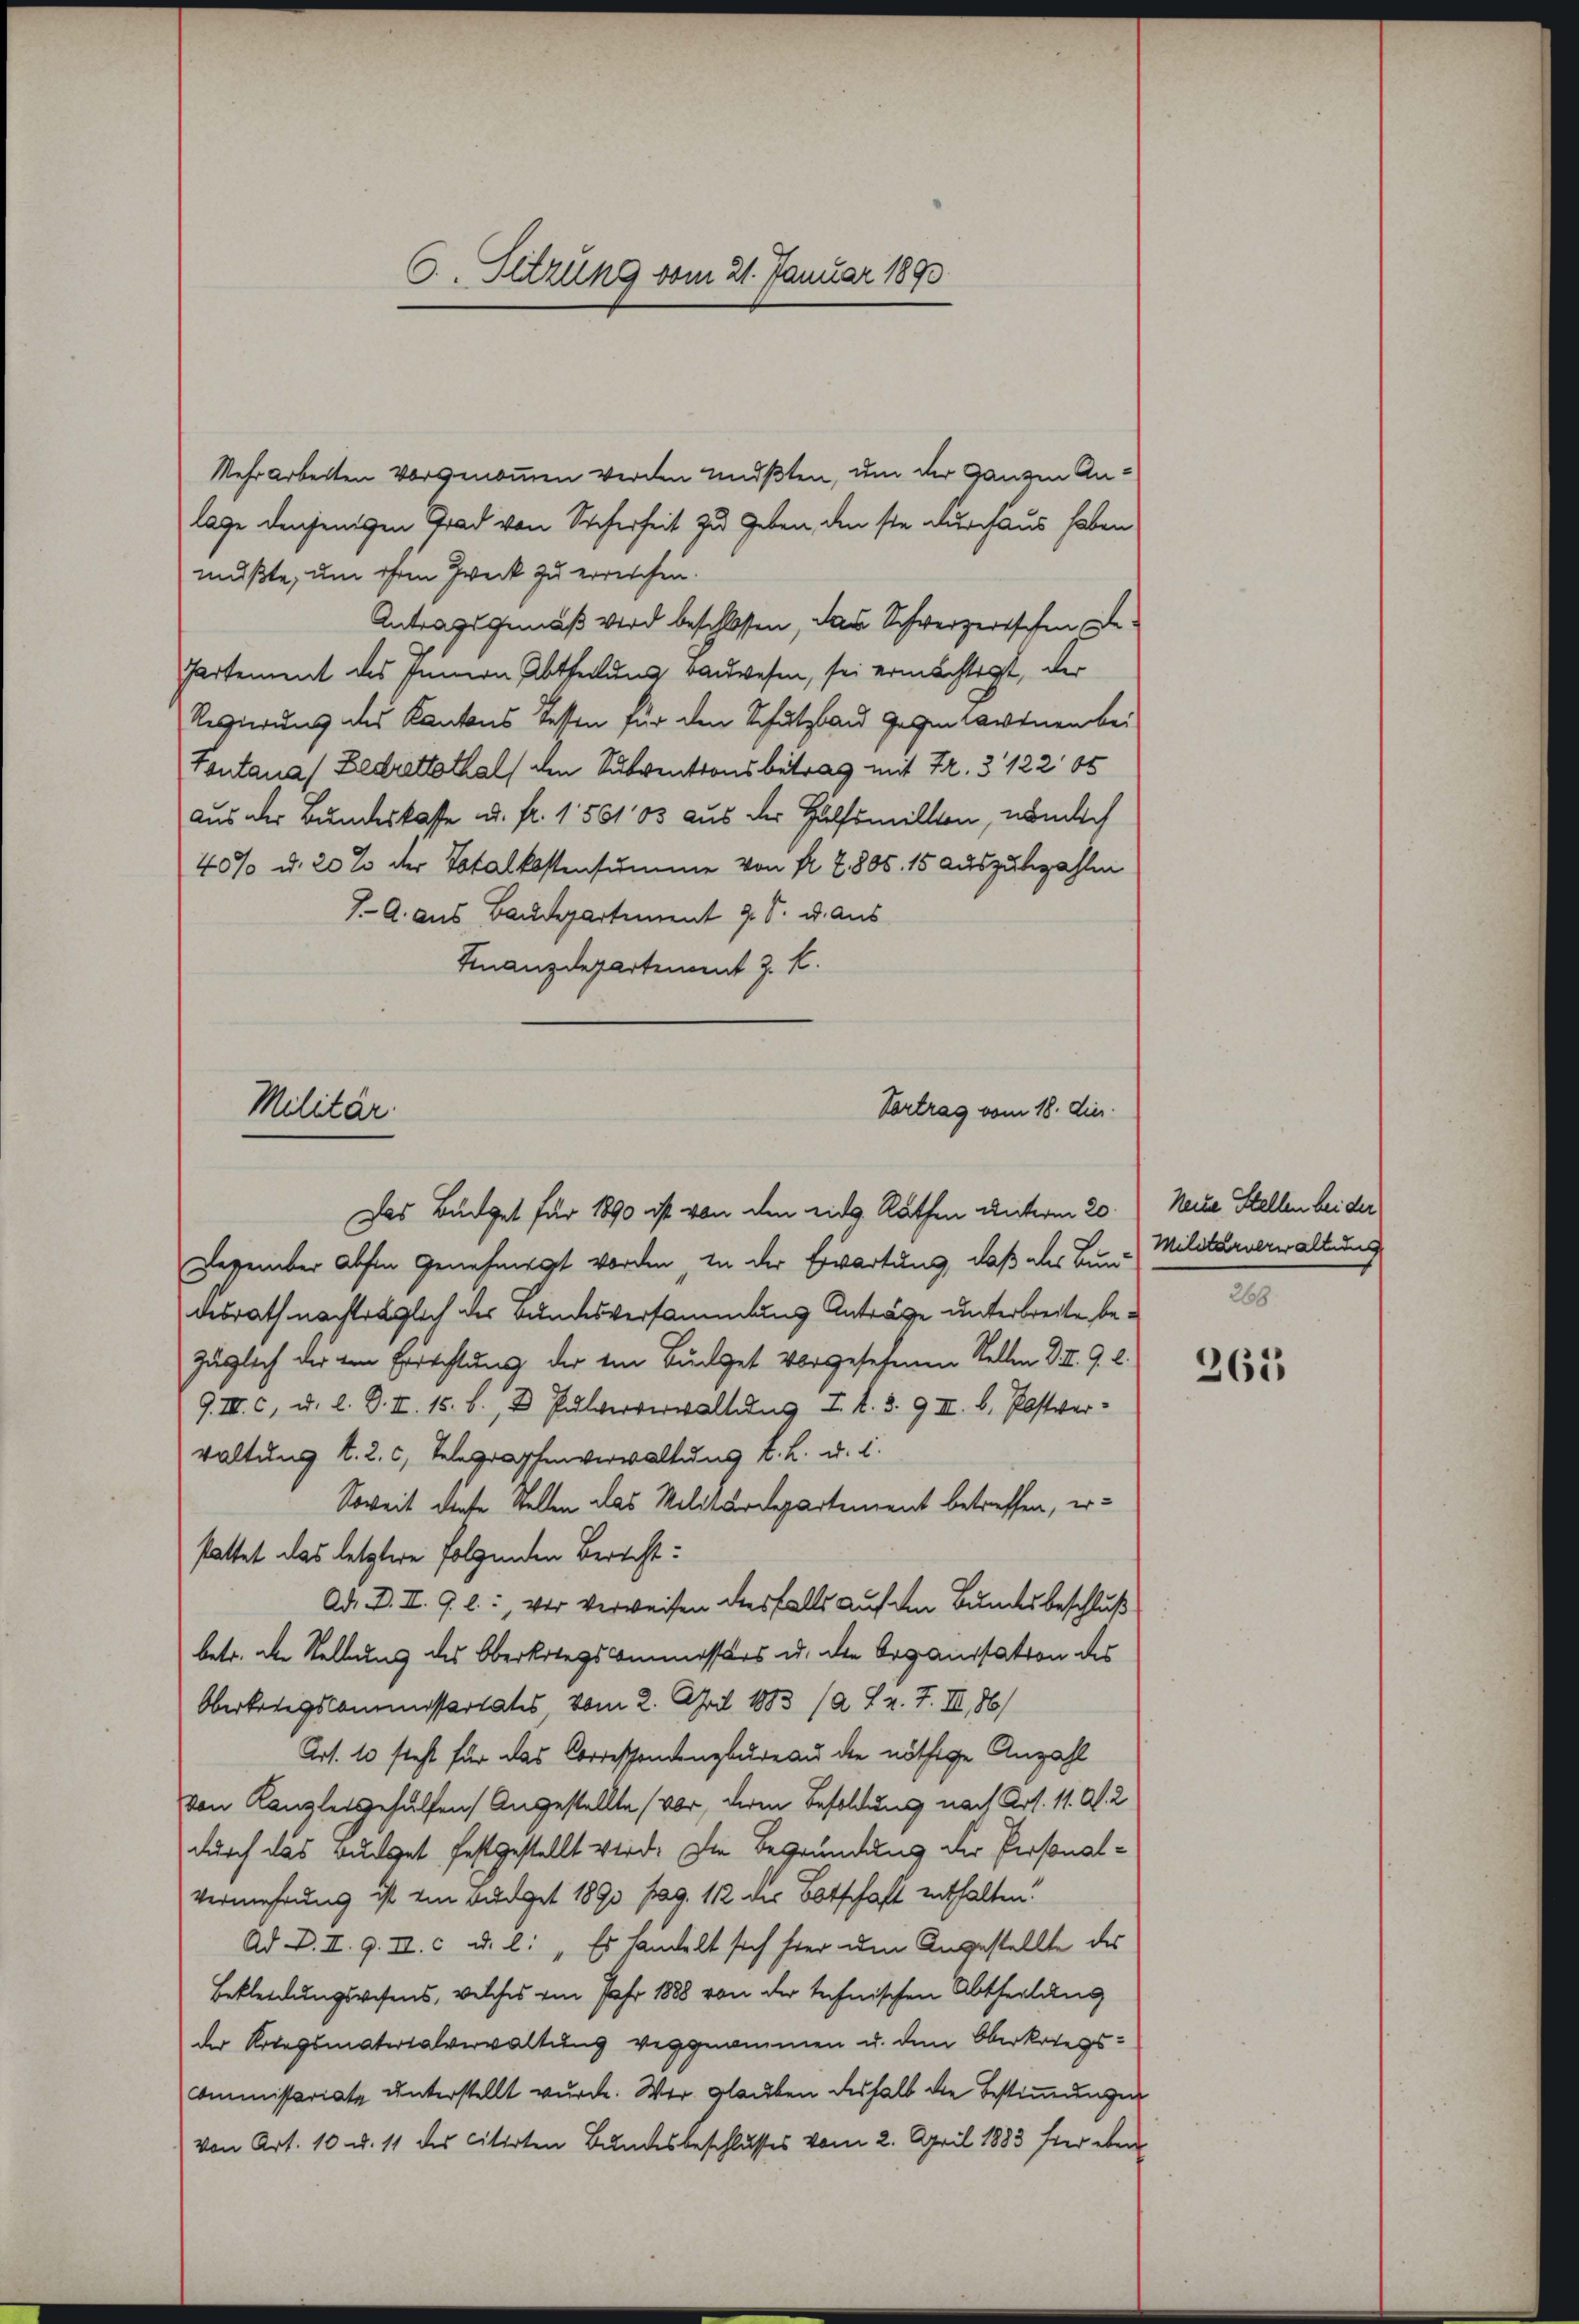
C. Sitzung vom 21. Januar 1890

Mehrarbeiten vorgenommen werden mußten, um der ganzen Anlage denjenigen Grad von Sicherheit zu geben, den sie durchaus haben
mußte, um ihren Zweck zu erreichen.
Antragsgemäß wird beschlossen, das Schweizerischen, zu
Partement des Innern Abtheilung anwesen, sei ermächtigt, der
Regierung des Kantons Tessen für den Schutzbau gegen darinen bei
Tontana) Bedrettotals den Subventionsbetrag mit Fr. 3122 85
aus der Bundeskasse ad. fr. 150103 aus der Hülfsmillen, nämlich
40% d. 20 % der Totalkostensumme von Nr. 7806. 15 auszubezahlen
J. A. aus Baudepartement 9 S. u. Aus
Finanzdepartement z. B.

Militär.
Vortrag vom 18. dies
Das Büdget für 1890 ist von den eidg. Rathen unterm 20. Nache Stellen bei der

Dezember Absen Genehmigt worden, in der Erwartung, daß des Bin Militärverwaltung
desrath nachträglich der Bundesversammlung Anträge unterbreite bezüglich der ein Errichtung der im Büdget vorgesehenen Stellen VII. 9. l.
9. III. C, d. d. d. I. 15. b., D Pulververwaltung I S. 39 II. b. Postver-
waltung l. 2. c, Telegraphenverwaltung l. k. u. s.
Soweit diese Stellen das Militärdepartement betreffen, erstattet das letztere folgenden Bericht
Ad. B. II. G. l., vor Verweisen diesfalls auf den Bundesbeschluß
betr. die Stellung des Oberkriegscommissärs u. der Organisation des
Oberkriegscommissertates vom 2. April 1883 (2 Fr. 7. II, 86/
Art. 10 steht für das Corressendenzbureau die nöthige Anzahl
von Kanzleigehülfen Angestellte (vor, deren Besoldung nach Art. 11. Al. 2
durch das Budget festgestellt wird. Die Begründung der Personal¬
Vermehrung ist ein Budget 1890 pag. 112 der Botschaft enthalten.
Ad D. I. 9. II. c u. l: „Es handelt sich hier um Angestellte des
Bekleidungswesens, welches von Jahr 1888 von der technischen Abtheilung
der Kriegsmaterialverwaltung vergenommen u. dem Oberkriegs¬
Commissariate unterstellt wurde. Wer glauben deshalb die Bestimmungen
von Art. 10 u. 11 des citirten Bundesbeschlusses vom 2. April 1883 ster eben

269.

263